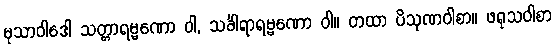
မုသာဝါဒေါ သတ္တာရမ္မဏော ဝါ, သင်္ခါရာရမ္မဏော ဝါ။ တထာ ပိသုဏဝါစာ။ ဖရုသဝါစာ